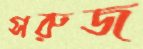
সরুজ